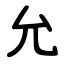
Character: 允